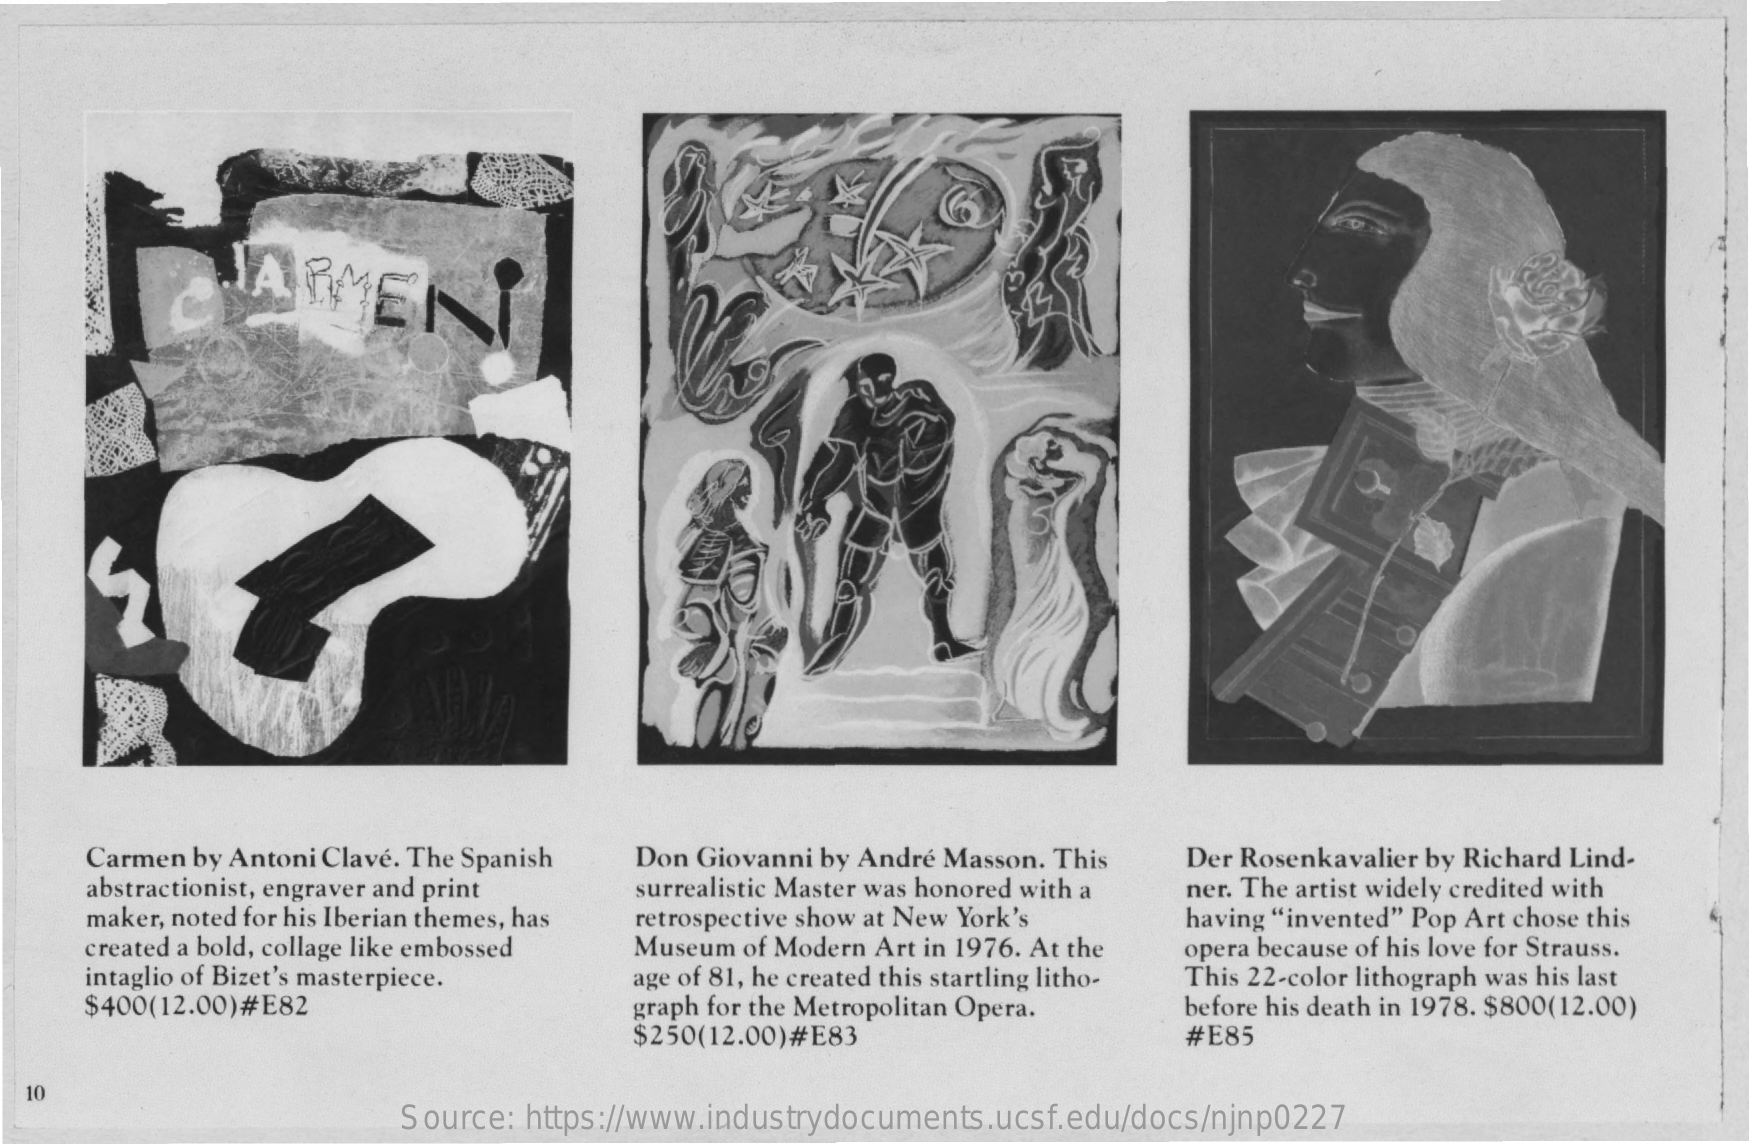
JAIMENI
     Carmen by Antoni Clave. The Spanish Don Giovanni by André Masson. This Der Rosenkavalier by Richard Lind-
     abstractionist, engraver and print surrealistic Master was honored with a
     maker, noted for his Iberian themes, has
     ner. The artist widely credited with
     created a bold, collage like embossed
     retrospective show at New York's having "invented" Pop Art chose this
     Museum of Modern Art in 1976. At the
     intaglio of Bizet's masterpiece.
     opera because of his love for Strauss.
     This 22-color lithograph was his last
     $400(12.00)#E82
     age of 81, he created this startling litho-
     graph for the Metropolitan Opera.
     $250(12.00)#E83
     before his death in 1978. $800(12.00)
     #E85
  10
     Source: https://www.industrydocuments.ucsf.edu/docs/njnp0227